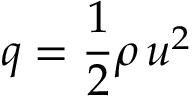
q = { \frac { 1 } { 2 } } \rho \, u ^ { 2 }